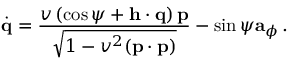
\dot { \bf q } = \frac { v \left( \cos \psi + { \bf h } \cdot \mathbf { q } \right) { \bf p } } { \sqrt { 1 - v ^ { 2 } ( { \bf p } \cdot { \bf p } ) } } - \sin \psi { \bf a } _ { \phi } \, .